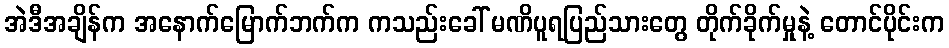
အဲဒီအချိန်က အနောက်မြောက်ဘက်က ကသည်းခေါ် မဏိပူရပြည်သားတွေ တိုက်ခိုက်မှုနဲ့ တောင်ပိုင်းက